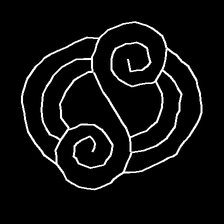
Glyph: wind-underfoot